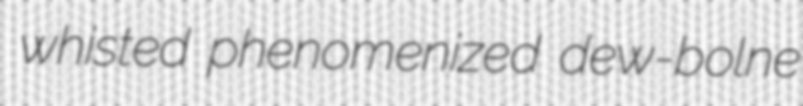
whisted phenomenized dew-bolne